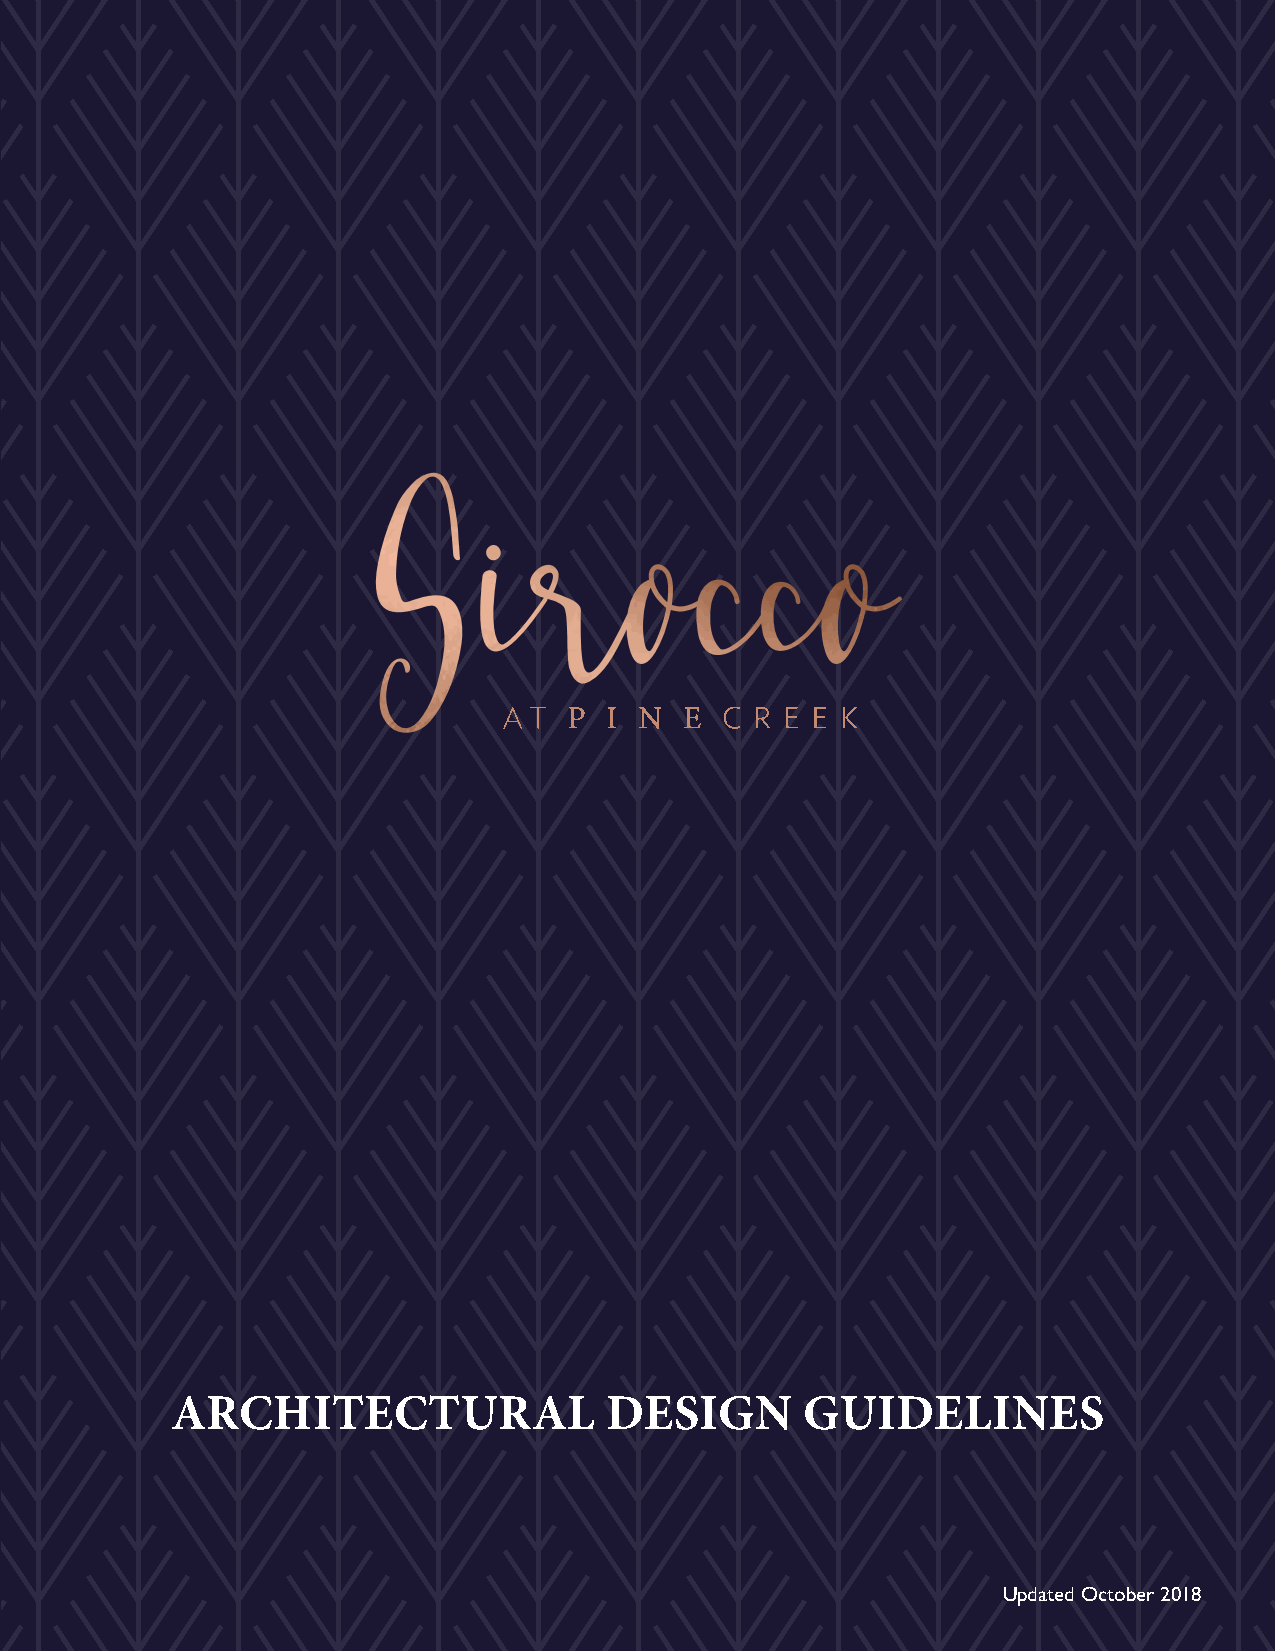
ARCHITECTURAL                DESIGN       GUIDELINES
 Updated October 2018